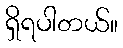
ရှိရပါတယ်။